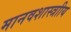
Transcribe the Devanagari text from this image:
मानवशास्त्राीय